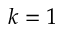
k = 1